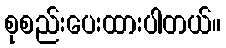
စုစည်းပေးထားပါတယ်။